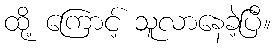
ထို့ ကြောင့် သူလာနေခဲ့ပြီ။